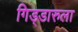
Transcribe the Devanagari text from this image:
गिड्डारुला